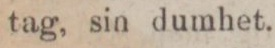
tag, sin dumhet.